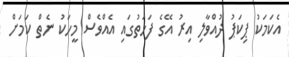
އެކަމަކު ޕިކަޕު ދުއްވާލި އިރު އޭގެ ފަހަތުގައި އެއްވެސް މީހަކު ނެތް ކަމަށް